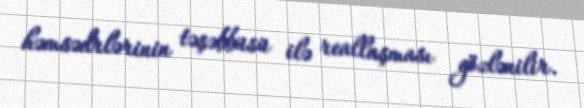
həmsədrlərinin təşəbbüsü ilə reallaşması gözlənilir.